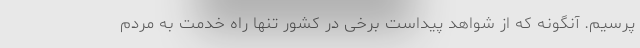
پرسیم. آنگونه که از شواهد پیداست برخی در کشور تنها راه خدمت به مردم